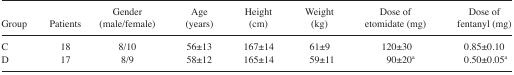
<table><thead><tr><td><b>Group</b></td><td><b>Patients</b></td><td><b>Gender (male/female)</b></td><td><b>Age (years)</b></td><td><b>Height (cm)</b></td><td><b>Weight (kg)</b></td><td><b>Dose of etomidate (mg)</b></td><td><b>Dose of fentanyl (mg)</b></td></tr></thead><tbody><tr><td>C</td><td>18</td><td>8/10</td><td>56±13</td><td>167±14</td><td>61±9</td><td>120±30</td><td>0.85±0.10</td></tr><tr><td>D</td><td>17</td><td>8/9</td><td>58±12</td><td>165±14</td><td>59±11</td><td>90±20a</td><td>0.50±0.05a</td></tr></tbody></table>